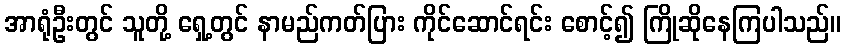
အာရုံဦးတွင် သူတို့ ရှေ့တွင် နာမည်ကတ်ပြား ကိုင်ဆောင်ရင်း စောင့်၍ ကြိုဆိုနေကြပါသည်။